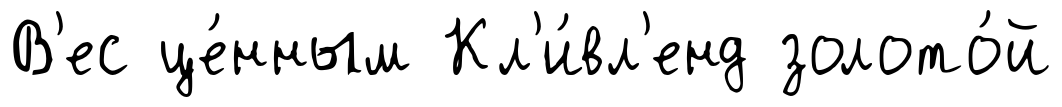
В'ес це́нным Кл'и́вл'енд золото́й